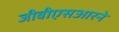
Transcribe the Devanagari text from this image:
जीबीएसआरने